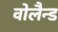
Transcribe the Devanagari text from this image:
वोलैन्ड